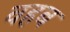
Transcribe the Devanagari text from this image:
वहब